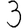
Digit: 3